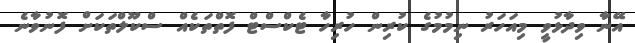
އޭނާ ވިދާޅުވީ މިއަހަރު ނިމުމުގެ ކުރިން ހުރިހާ ޓެކްސްޓް ފޮތްތަކެއް ސްކޫލްތަކަށް ފޮނުވާނެ